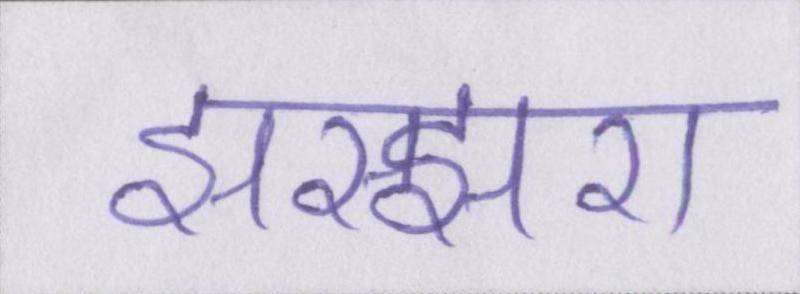
झरझरा